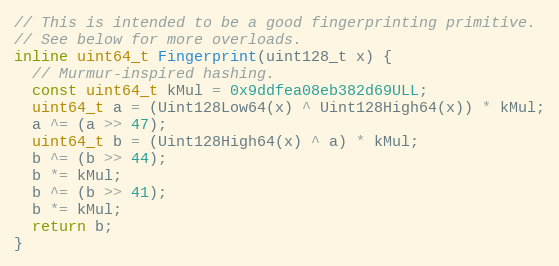
Language: C
// This is intended to be a good fingerprinting primitive.
// See below for more overloads.
inline uint64_t Fingerprint(uint128_t x) {
  // Murmur-inspired hashing.
  const uint64_t kMul = 0x9ddfea08eb382d69ULL;
  uint64_t a = (Uint128Low64(x) ^ Uint128High64(x)) * kMul;
  a ^= (a >> 47);
  uint64_t b = (Uint128High64(x) ^ a) * kMul;
  b ^= (b >> 44);
  b *= kMul;
  b ^= (b >> 41);
  b *= kMul;
  return b;
}